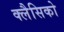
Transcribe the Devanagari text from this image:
क्लैसिको